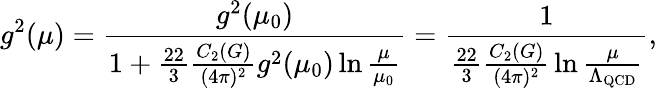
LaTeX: g^{2}(\mu)={\frac{g^{2}(\mu_{0})}{1+{\frac{22}{3}}{\frac{C_{2}(G)}{(4\pi)^{2}}}g^{2}(\mu_{0})\ln{\frac{\mu}{\mu_{0}}}}}={\frac{1}{{\frac{22}{3}}{\frac{C_{2}(G)}{(4\pi)^{2}}}\ln{\frac{\mu}{\Lambda_{\mathrm{QCD}}}}}},